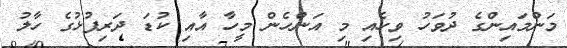
މަންމައިންގެ ދުވަހު ވިހެއި މި އަންހެން މީހާ އާއި ކުޑަ ދަރިފުޅުގެ ހާލު